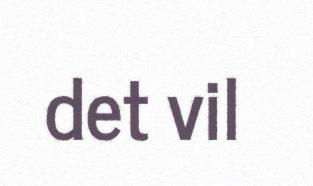
det vil